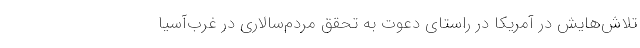
تلاش‌هایش در آمریکا در راستای دعوت به تحقق مردم‌سالاری در غرب‌آسیا